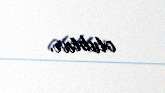
olublar.